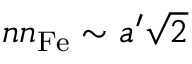
n n _ { \mathrm { F e } } \sim { a ^ { \prime } \sqrt { 2 } }